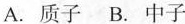
A.质子B.中子